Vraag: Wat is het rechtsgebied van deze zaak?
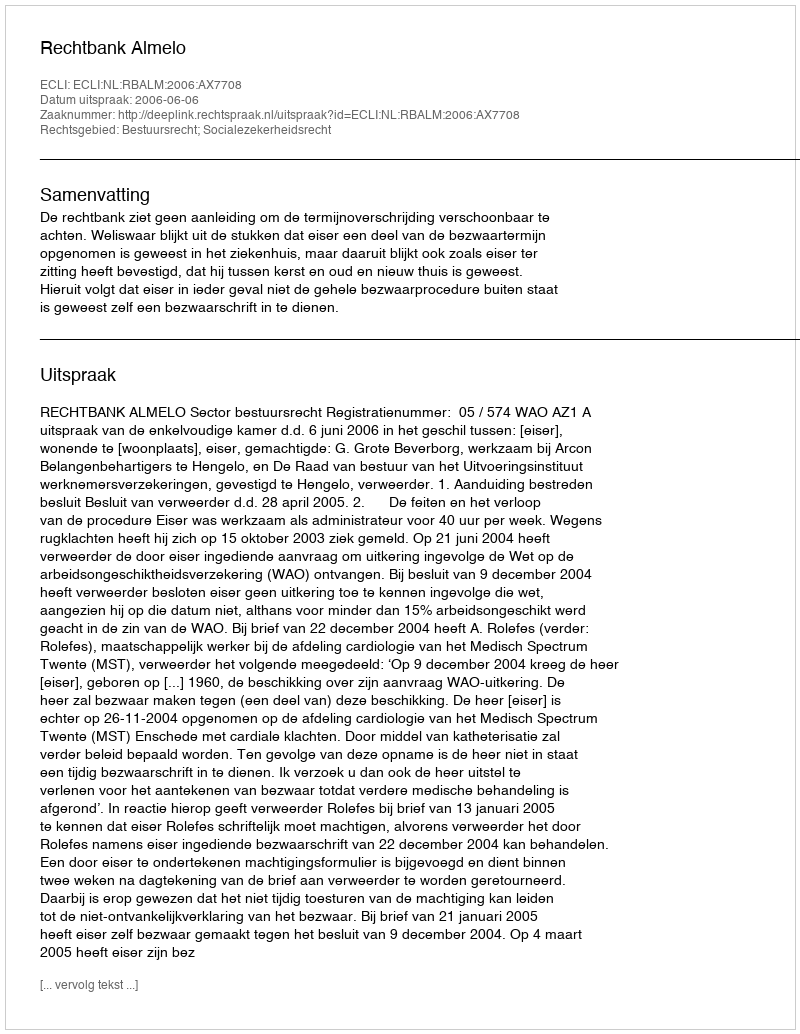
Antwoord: Bestuursrecht; Socialezekerheidsrecht